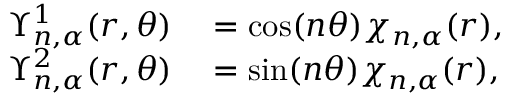
\begin{array} { r l } { \Upsilon _ { n , \alpha } ^ { 1 } ( r , \theta ) } & { { } = \cos ( n \theta ) \chi _ { n , \alpha } ( r ) , } \\ { \Upsilon _ { n , \alpha } ^ { 2 } ( r , \theta ) } & { { } = \sin ( n \theta ) \chi _ { n , \alpha } ( r ) , } \end{array}